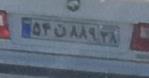
۵۴ن۸۸۹۳۸